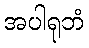
အပါရုဘံ